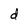
Character: d